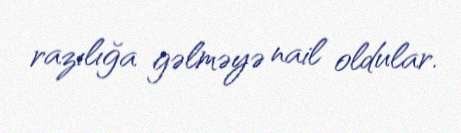
razılığa gəlməyə nail oldular.